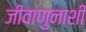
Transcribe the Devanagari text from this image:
जीवाणुनाशी